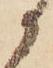
に